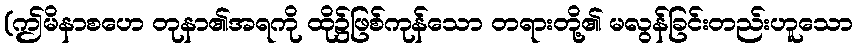
(ဤမိနာစဟေ တုနာ၏အရကို ထို၌ဖြစ်ကုန်သော တရားတို့၏ မလွန်ခြင်းတည်းဟူသော